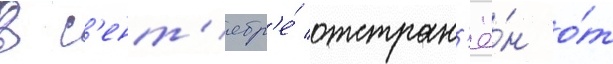
В с'ент'ябр'е́ отстран'ё́н о́т